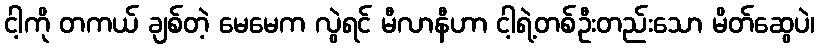
ငါ့ကို တကယ် ချစ်တဲ့ မေမေက လွဲရင် မီလာနီဟာ ငါ့ရဲ့တစ်ဦးတည်းသော မိတ်ဆွေပဲ၊